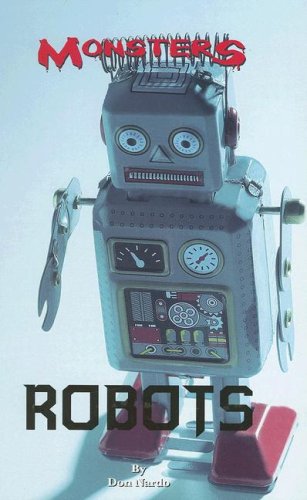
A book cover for Robots (Monsters (Kidhaven Press)); Don Nardo; Children's Books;